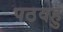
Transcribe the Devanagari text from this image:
पठवहु